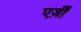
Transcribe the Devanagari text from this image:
एर्ज़ीं